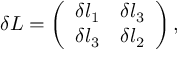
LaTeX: \delta L = \left( \begin{array} { c r c } { { \delta l _ { 1 } } } & { { \delta l _ { 3 } } } \\ { { \delta l _ { 3 } } } & { { \delta l _ { 2 } } } \end{array} \right) ,